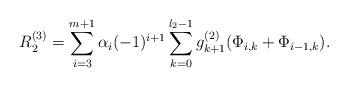
LaTeX: \begin{align*}R_{2}^{\left( 3\right) }=\sum_{i=3}^{m+1}\alpha_{i} (-1)^{i+1} \sum_{k=0}^{l_{2}-1}g_{k+1}^{\left( 2\right) }(\Phi _{i,k} + \Phi _{i-1,k}). \end{align*}